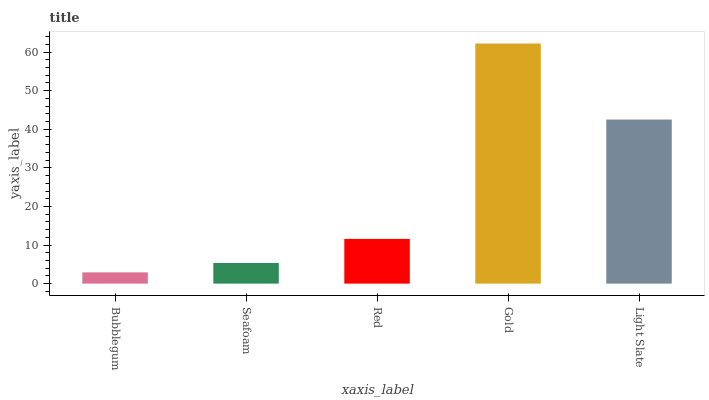
| xaxis_label | bars |
 | --- | --- |
 | Bubblegum | 2.92 |
 | Seafoam | 5.34 |
 | Red | 11.6 |
 | Gold | 62.2 |
 | Light Slate | 42.5 |